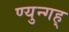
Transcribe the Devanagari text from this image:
ण्युन्गह्